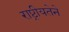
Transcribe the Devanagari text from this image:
राष्ट्रीयतेने